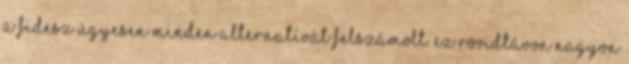
a FIDESZ ügyesen minden alternatívát felszámolt. Ez rövidtávon nagyon